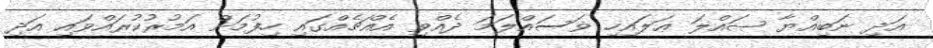
އަދި ނަބިއްޔާ ޞައްލަ ޢަލައިހި ޥަސައްލަމަ ދެއްވި އެއްޗެއްގައި ހިފުމަށް އަމުރުކުރައްވައި އަދި